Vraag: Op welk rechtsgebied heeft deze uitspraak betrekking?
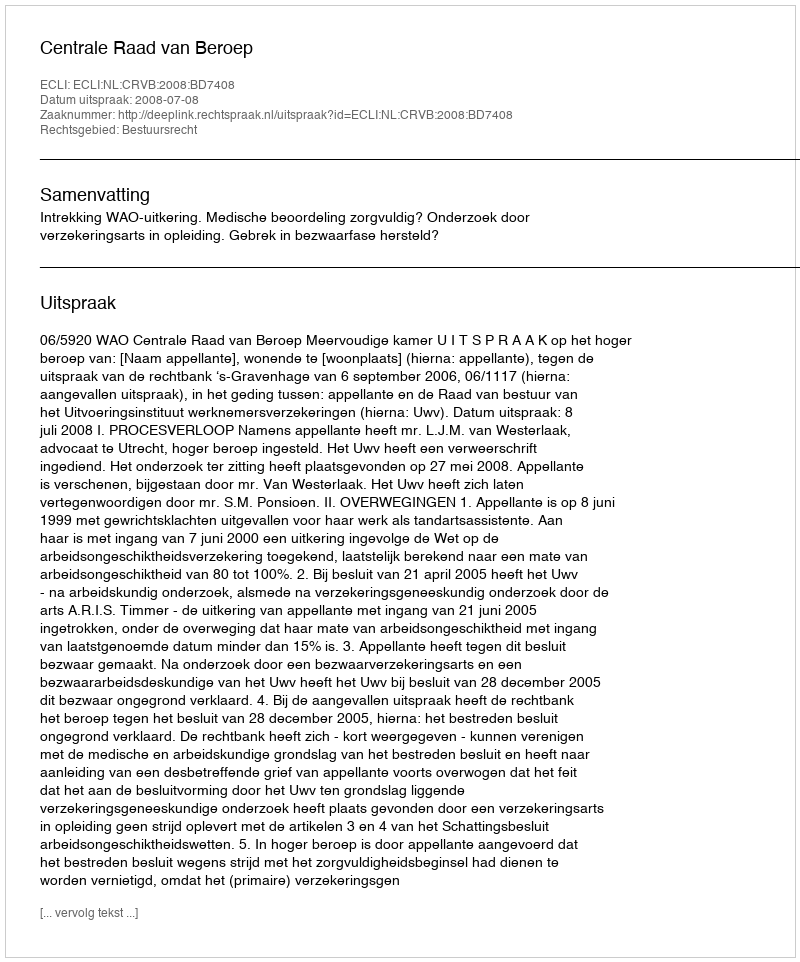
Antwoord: Bestuursrecht